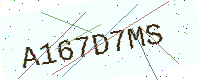
Text: A167D7MS